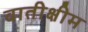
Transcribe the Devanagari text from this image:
वातीक्षीम